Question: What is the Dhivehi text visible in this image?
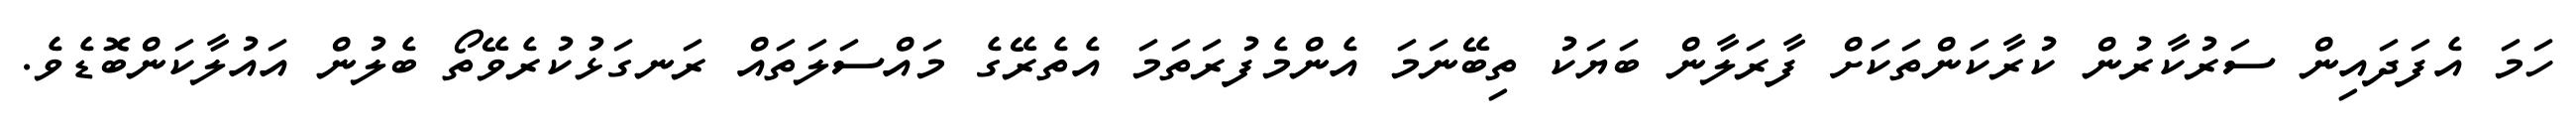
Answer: ހަމަ އެފަދައިން ސަރުކާރުން ކުރާކަންތަކަށް ފާރަލާން ބަޔަކު ތިބޭނަމަ އެންމެފުރަތަމަ އެތެރޭގެ މައްސަލަތައް ރަނގަޅުކުރެވޭތޯ ބެލުން އައުލާކަންބޮޑެވެ.